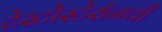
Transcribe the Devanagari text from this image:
टेस्टोस्टेरॉनची